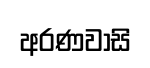
අරණවාසි